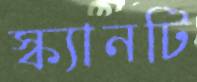
স্ক্যানটি